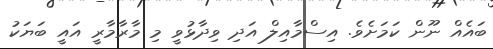
ބައެއް ނޫން ކަމަށެވެ. އިސްމާއިލް އަދި ވިދާޅުވީ މި މާރާމާރީ އައީ ބަޔަކު